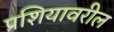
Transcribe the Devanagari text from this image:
प्रशियावरील